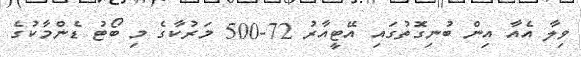
ވިލާ އެއާ އިން ބުނިގޮތުގައި އޭޓީއާރު 72-500 މަރުކާގެ މި ބޯޓު ޑެންމާކުގެ